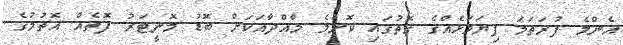
އެންމެ ފުރަތަމަ ފިޔަވަޅެއްގެ ގޮތުގައި ކޮންމެ މާއްދާއަކަށް ބޮޑު މޮނީޓަރު ފޮތެއް އޮތުމުގެ